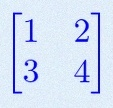
\begin{bmatrix}1&2\\3&4\end{bmatrix}